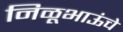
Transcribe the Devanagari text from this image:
निळूभाऊंचे